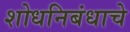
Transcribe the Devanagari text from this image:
शोधनिबंधाचे